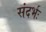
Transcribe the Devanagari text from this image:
संदर्भः